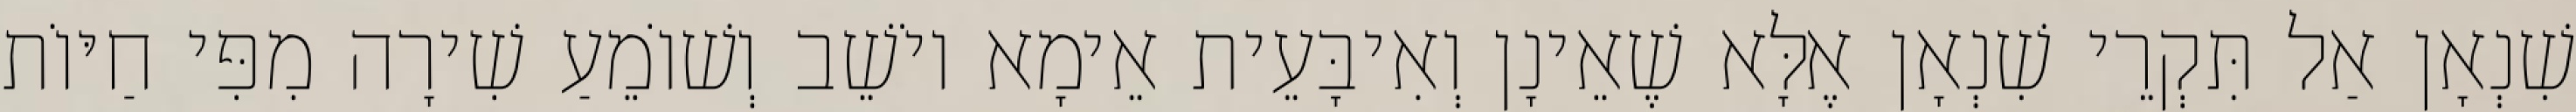
שִׁנְאָן אַל תִּקְרֵי שִׁנְאָן אֶלָּא שֶׁאֵינָן וְאִיבָּעֵית אֵימָא יוֹשֵׁב וְשׁוֹמֵעַ שִׁירָה מִפִּי חַיּוֹת